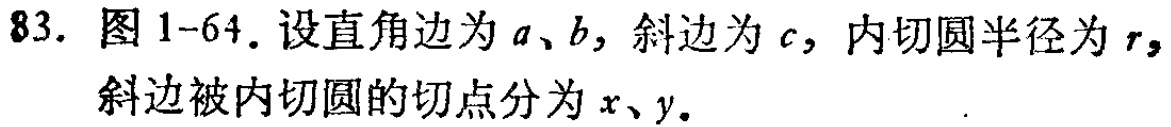
83. 图 1-64. 设直角边为 \(a\)、\(b\)，斜边为 \(c\)，内切圆半径为 \(r\)，斜边被内切圆的切点分为 \(x\)、\(y\)。